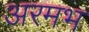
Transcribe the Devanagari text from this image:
अरमभ